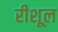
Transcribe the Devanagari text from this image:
रीशूल